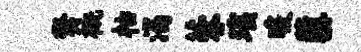
樊概枯渴蓉瑶暖隳